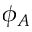
\phi _ { A }